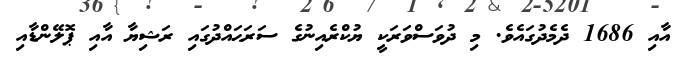
އާއި 1686 ދެމެދުގައެވެ. މި ދުވަސްވަރަކީ ޔުކްރެއިނުގެ ސަރަޙައްދުގައި ރަޝިޔާ އާއި ޕޮލޭންޑާއި